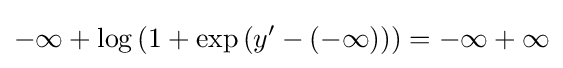
-\infty +\log \left(1+\exp \left(y'-(-\infty )\right)\right)=-\infty +\infty